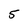
Character: 5